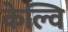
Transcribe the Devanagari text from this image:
केल्वि